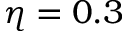
\eta = 0 . 3